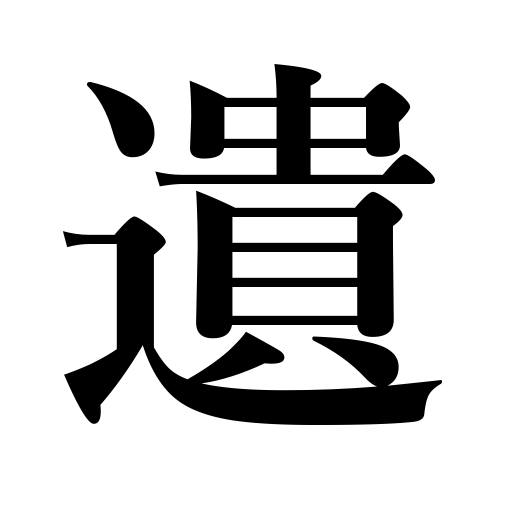
Meanings: reserve,save,leave behind,bequeath